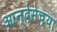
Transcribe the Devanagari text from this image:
आन्देसेच्या